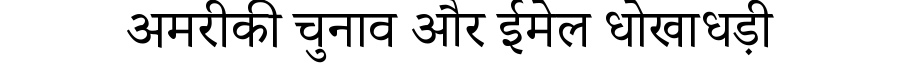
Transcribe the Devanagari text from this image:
अमरीकी चुनाव और ईमेल धोखाधड़ी